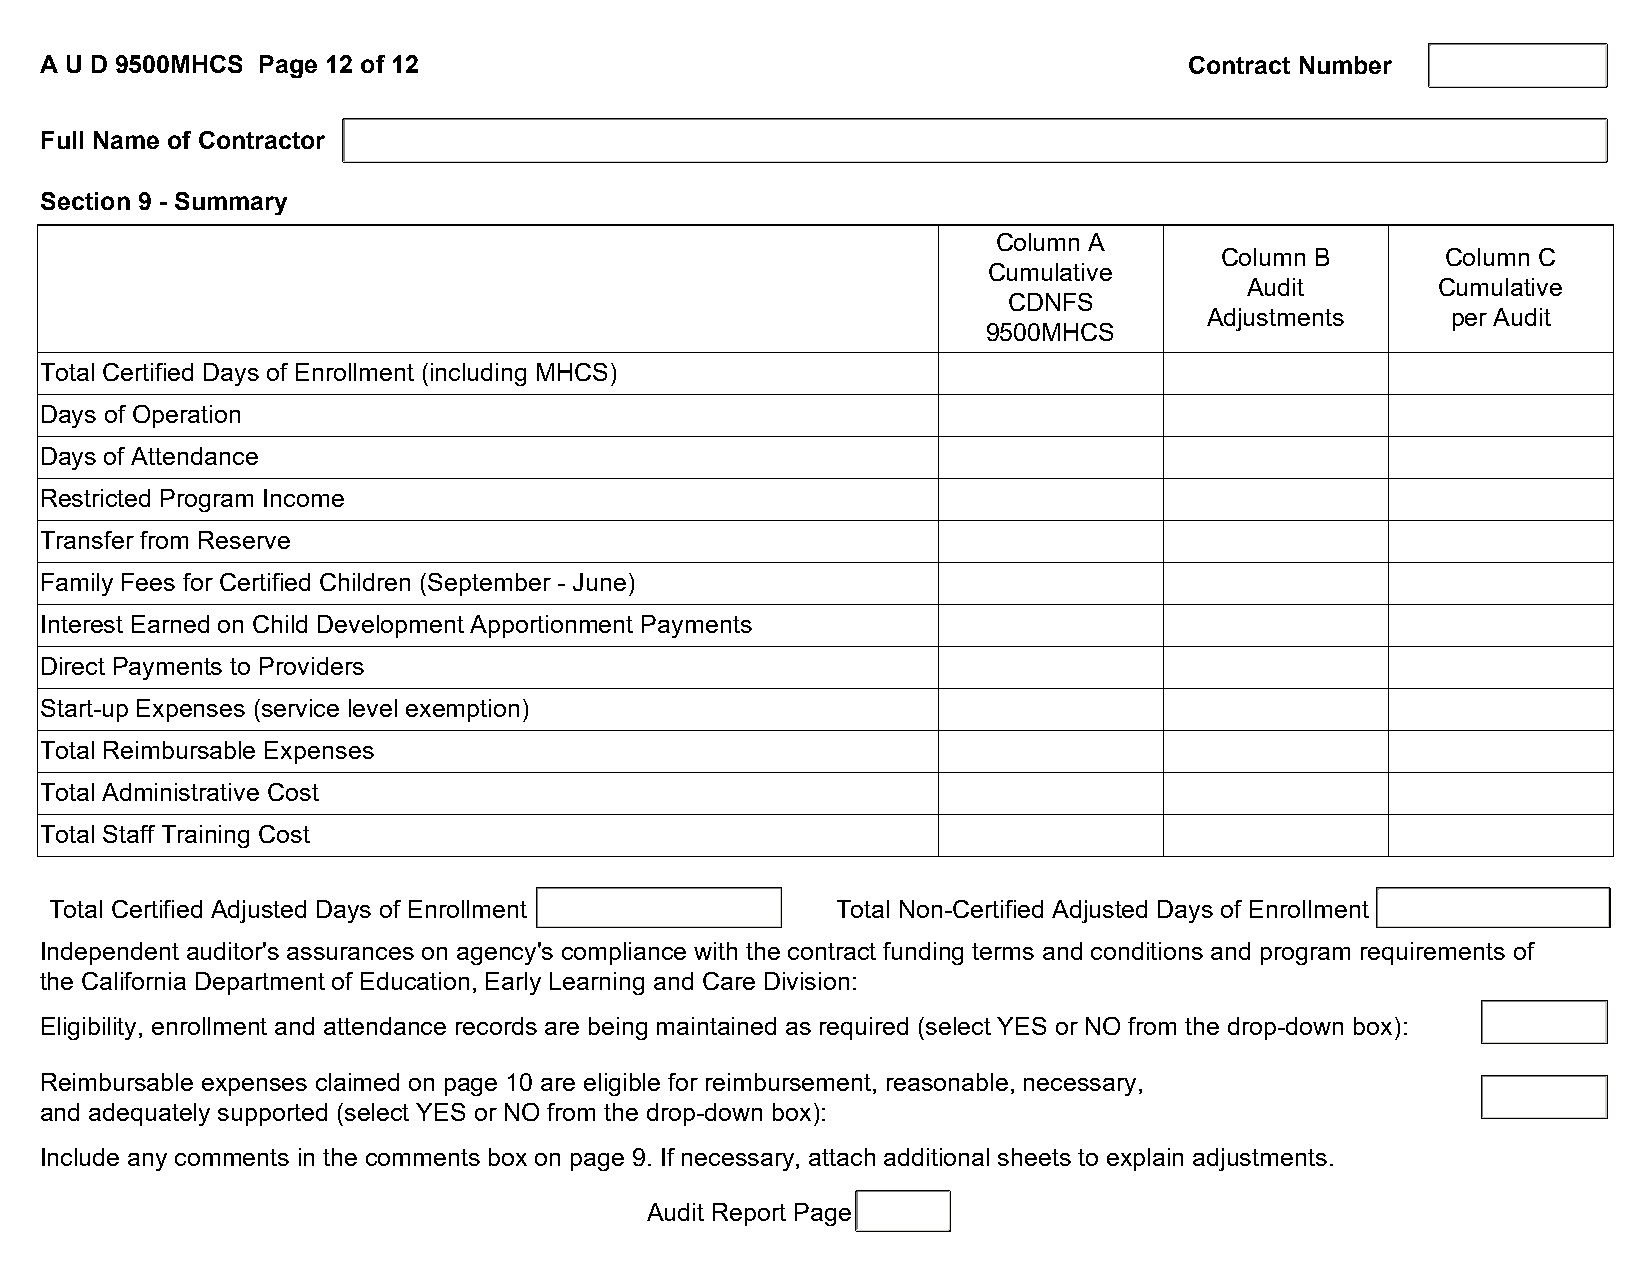
A U D 9500MHCS Page 12 of 12                                                Contract Number
 Full Name of Contractor
 Section 9 - Summary
 Column A
 Column B       Column C
 Cumulative
 Audit       Cumulative
 CDNFS
 Adjustments     per Audit
 9500MHCS
 Total Certified Days of Enrollment (including MHCS)
 Days of Operation
 Days of Attendance
 Restricted Program Income
 Transfer from Reserve
 Family Fees for Certified Children (September - June)
 Interest Earned on Child Development Apportionment Payments
 Direct Payments to Providers
 Start-up Expenses (service level exemption)
 Total Reimbursable Expenses
 Total Administrative Cost
 Total Staff Training Cost
 Total Certified Adjusted Days of Enrollment         Total Non-Certified Adjusted Days of Enrollment
 Independent auditor's assurances on agency's compliance with the contract funding terms and conditions and program requirements of
 the California Department of Education, Early Learning and Care Division:
 Eligibility, enrollment and attendance records are being maintained as required (select YES or NO from the drop-down box):
 Reimbursable expenses claimed on page 10 are eligible for reimbursement, reasonable, necessary,
 and adequately supported (select YES or NO from the drop-down box):
 Include any comments in the comments box on page 9. If necessary, attach additional sheets to explain adjustments.
 Audit Report Page